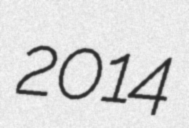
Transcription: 2014